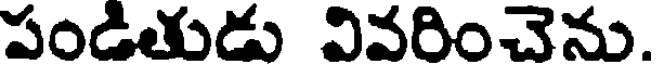
పండితుడు వివరించెను.